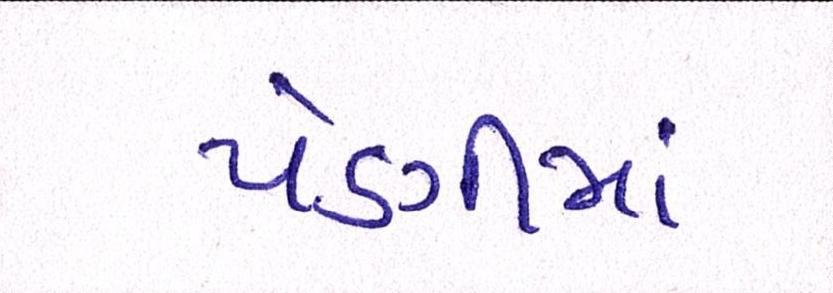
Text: પેણીમાં